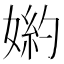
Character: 𡟅